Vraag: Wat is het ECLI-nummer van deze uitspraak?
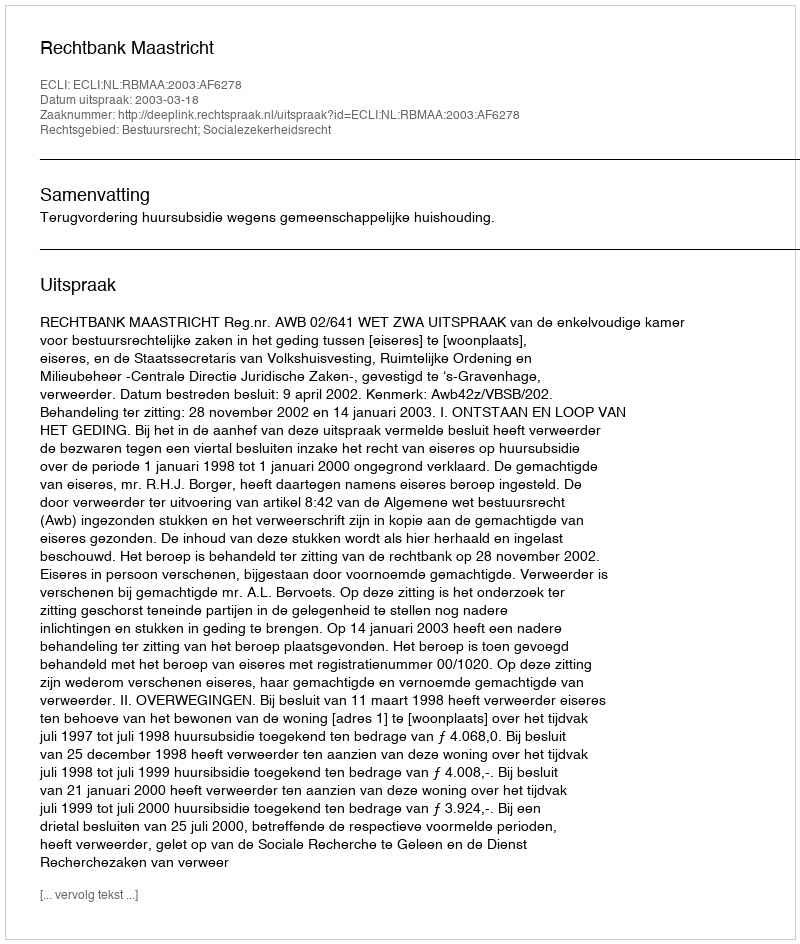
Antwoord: ECLI:NL:RBMAA:2003:AF6278